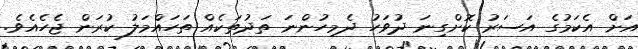
އަށް އެކަމުގެ އަސަރު ކޮށްގިނަ ދުވަހު ދެމިހުންނަ ތަދުތަކެއް ތަހައްމަލު ކުރަން ޖެހެއެވެ.